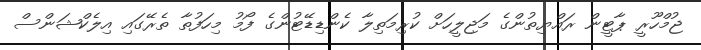
ޖުމްހޫރީ ޕާޓީން ރައްޔިތުންގެ މަޖިލީހަށް ކުރިމަތިލާ ކެންޑިޑޭޓުންގެ ފޯމު މިހަފުތާ ތެރޭގައި އިލެކްޝަންސް